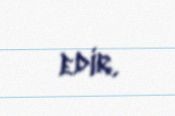
edir.